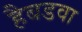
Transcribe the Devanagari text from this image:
हैबडवा